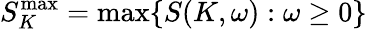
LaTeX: S_{K}^{\operatorname*{max}}=\operatorname*{max}\{ S(K,\omega):\omega\ge 0\}